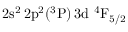
\mathrm { 2 s ^ { 2 } \, 2 p ^ { 2 } ( ^ { 3 } P ) \, 3 d ~ ^ { 4 } F _ { 5 / 2 } }